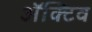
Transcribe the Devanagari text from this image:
ॲक्टिव